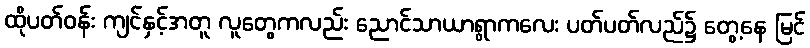
ထိုပတ်ဝန်း ကျင်နှင့်အတူ လူတွေကလည်း ညောင်သာယာရွာကလေး ပတ်ပတ်လည်၌ တွေ့နေ မြင်